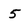
Character: 5